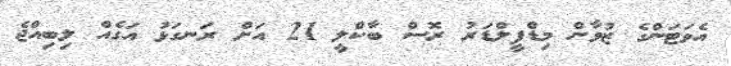
އެވަޓަންގެ ޒުވާން މިޑްފީލްޑަރު ރޮސް ބާކްލީ 21 އަށް ރަނގަޅު އަގެއް ލިބިއްޖެ